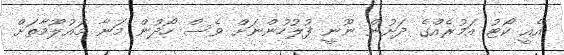
އެއީ ކޯޓު އަމުރެއްގެ ދަށުން ނޫނީ ފުލުހުންނަށް ވެސް ހޯދުން މަނާ މައުލޫމާތަށް